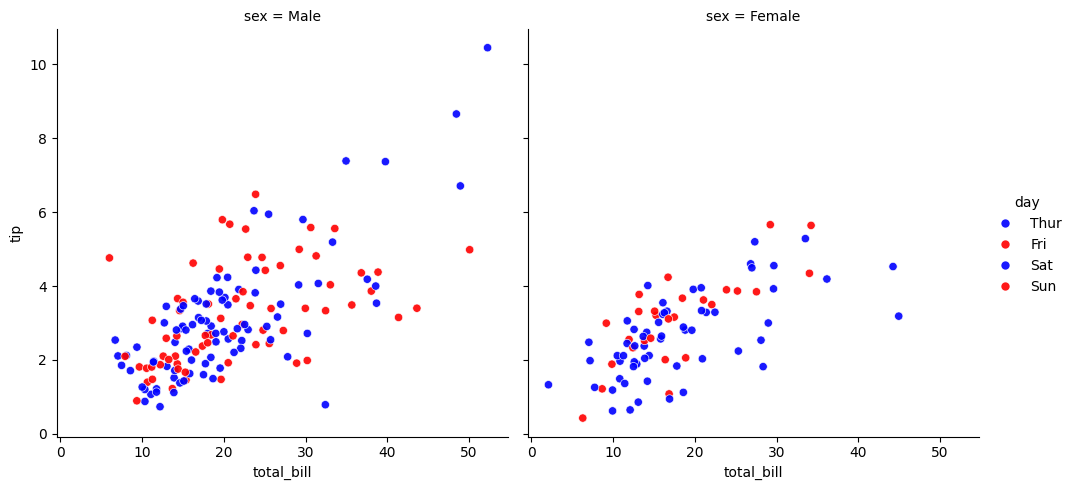
python, seaborn, relplot, alpha=0.9